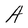
Character: A